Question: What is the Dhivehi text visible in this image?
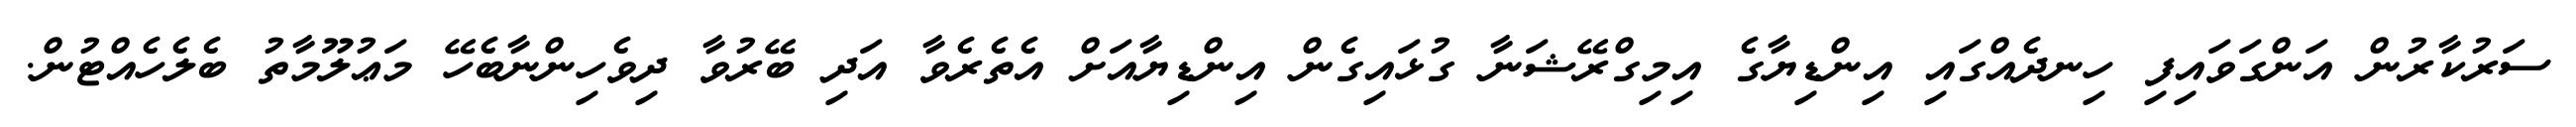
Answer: ސަރުކާރުން އަންގަވައިފި ހިނދެއްގައި އިންޑިޔާގެ އިމިގްރޭޝަނާ ގުޅައިގެން އިންޑިޔާއަށް އެތެރެވާ އަދި ބޭރުވާ ދިވެހިންނާބެހޭ މަޢުލޫމާތު ބެލެހެއްޓުން.